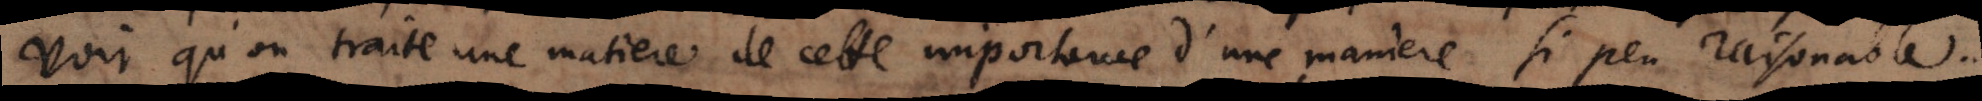
voir qu’on traite une matiere de cette importance d’une maniere si peu raisonnable.